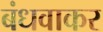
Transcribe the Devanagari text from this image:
बंधवाकर